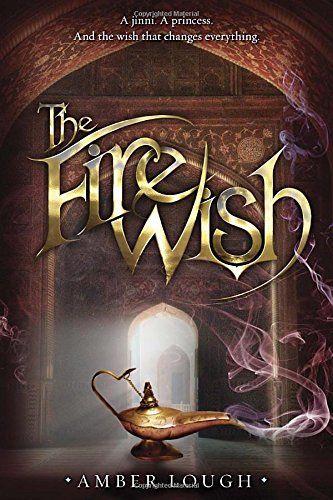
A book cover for The Fire Wish (Jinni Wars); Amber Lough; Teen & Young Adult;